Document type: Sale
Year: 1499
Scribe: Joan Martínez de Sòria
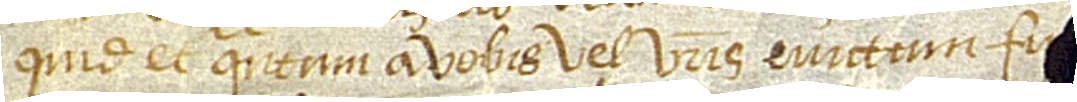
quid et quantum a vobis vel vestris evictum fu[erint] [....] [obt]